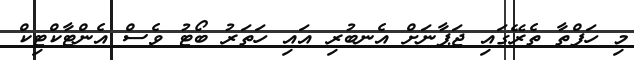
މި ހަފްތާ ތެރޭގައި ޖަޕާނަށް އެނބުރި އައި ހަތަރު ބޯޓު ވެސް އެންޓާކްޓިކް